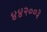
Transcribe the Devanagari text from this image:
४४२००३